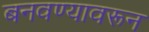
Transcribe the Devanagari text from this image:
बनवण्यावरून